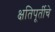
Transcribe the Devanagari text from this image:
क्षतिपूर्तीचे